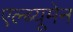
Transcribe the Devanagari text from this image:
एल्ब्यूमेन